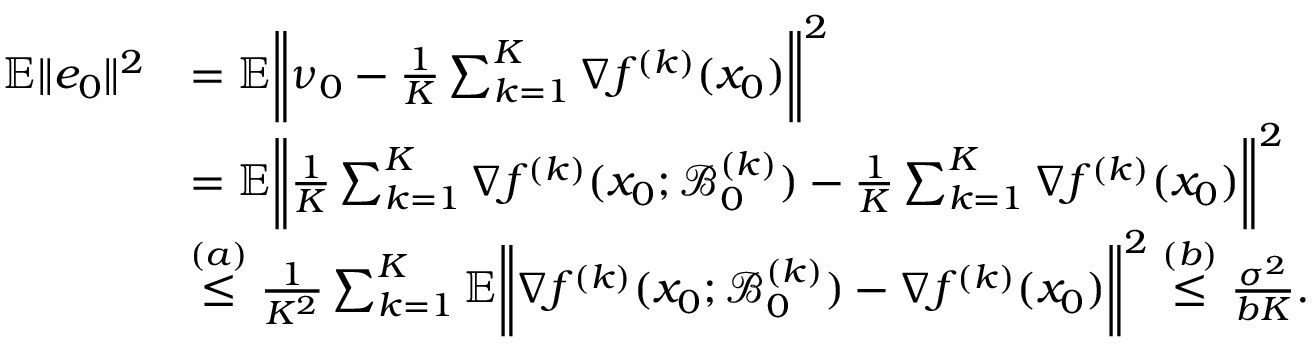
\begin{array} { r l } { \mathbb { E } \| e _ { 0 } \| ^ { 2 } } & { = \mathbb { E } \bigg \| \nu _ { 0 } - \frac { 1 } { K } \sum _ { k = 1 } ^ { K } \nabla f ^ { ( k ) } ( x _ { 0 } ) \bigg \| ^ { 2 } } \\ & { = \mathbb { E } \bigg \| \frac { 1 } { K } \sum _ { k = 1 } ^ { K } \nabla f ^ { ( k ) } ( x _ { 0 } ; \mathcal { B } _ { 0 } ^ { ( k ) } ) - \frac { 1 } { K } \sum _ { k = 1 } ^ { K } \nabla f ^ { ( k ) } ( x _ { 0 } ) \bigg \| ^ { 2 } } \\ & { \overset { ( a ) } { \leq } \frac { 1 } { K ^ { 2 } } \sum _ { k = 1 } ^ { K } \mathbb { E } \bigg \| \nabla f ^ { ( k ) } ( x _ { 0 } ; \mathcal { B } _ { 0 } ^ { ( k ) } ) - \nabla f ^ { ( k ) } ( x _ { 0 } ) \bigg \| ^ { 2 } \overset { ( b ) } { \leq } \frac { \sigma ^ { 2 } } { b K } . } \end{array}